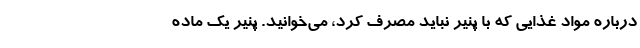
درباره مواد غذایی که با پنیر نباید مصرف کرد، می‌خوانید. پنیر یک ماده